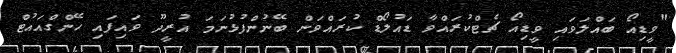
"ވީޑިއޯ ބައްލަވައި ވީޑިއޯ ޗެޓްކުރައްވާ ޑައުލޯޑް ކުރައްވަން ބޭނުންފުޅުނަމަ އުރީދޫ ވައިފައި ހޭންގްއައުޓް